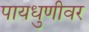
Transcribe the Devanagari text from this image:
पायधुणीवर